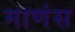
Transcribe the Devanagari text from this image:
माणंस